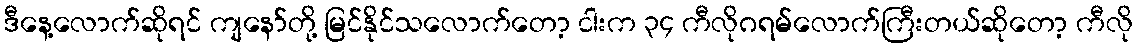
ဒီနေ့လောက်ဆိုရင် ကျနော်တို့ မြင်နိုင်သလောက်တော့ ငါးက ၃၄ ကီလိုဂရမ်လောက်ကြီးတယ်ဆိုတော့ ကီလို